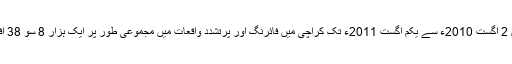
ہیومن رائٹس کمیشن آف پاکستان اور مختلف تحقیقی رپورٹس سے حاصل کردہ اعدادوشمار کے مطابق 2 اگست 2010ء سے یکم اگست 2011ء تک کراچی میں فائرنگ اور پرتشدد واقعات میں مجموعی طور پر ایک ہزار 8 سو 38 افراد لقمہ اجل بنے، جن میں مختلف سیاسی و مذہبی جماعتوں کے راہنما ، کارکن اور شہری شامل ہیں۔